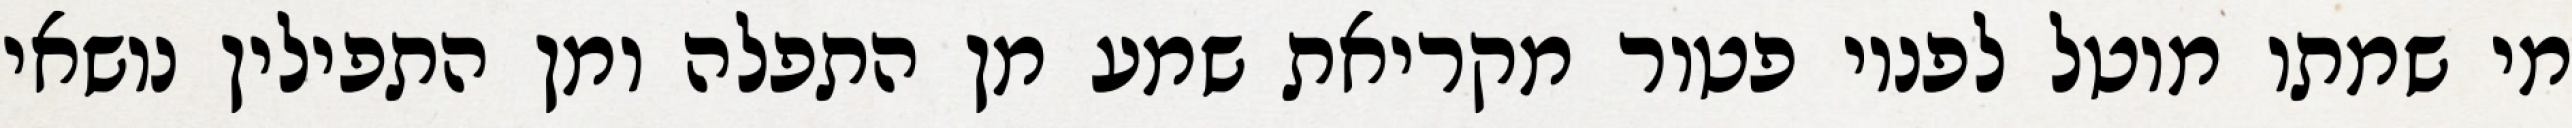
מי שמתו מוטל לפניו פטור מקריאת שמע מן התפלה ומן התפילין נושאי